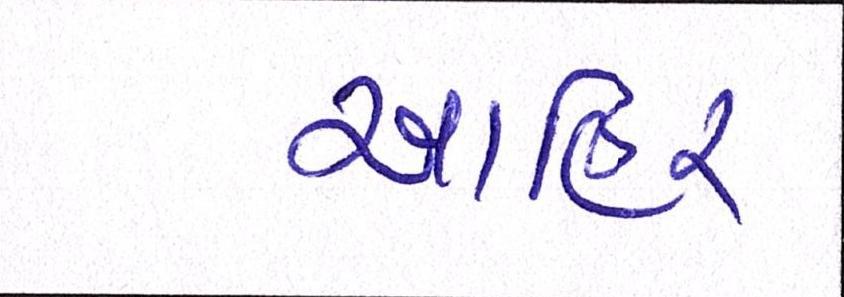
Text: આહિર